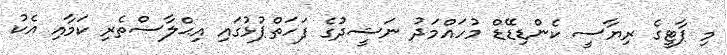
މި ޕާޓީގެ ރިޔާސީ ކެންޑިޑޭޑް މުހައްމަދު ނަޝީދުގެ ފަހަތްޕުޅުގައި އިޙްލާސްތެރި ކަމާއި އެކު